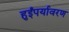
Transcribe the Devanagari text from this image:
हुईंपर्यावरण